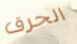
الحرق